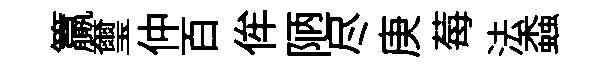
籯璽仲百侔陋尽庚莓法螙